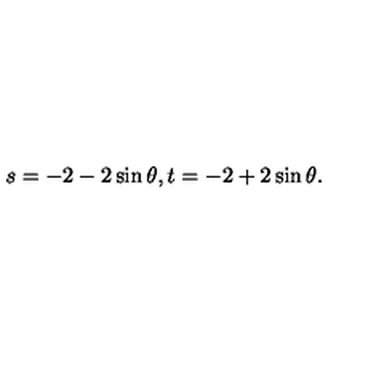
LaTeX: s = - 2 - 2 \sin \theta , t = - 2 + 2 \sin \theta .